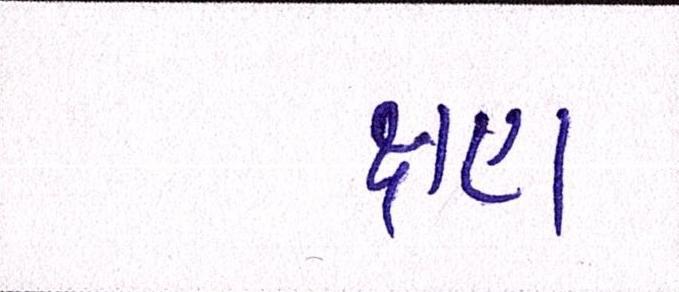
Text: ક્ષણ